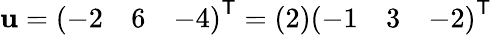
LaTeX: \mathbf{u}={\left(\begin{array}{lll}{-2}&{6}&{-4}\end{array}\right)}^{\textsf{T}}={\left(\begin{array}{l}{2}\end{array}\right)}{\left(\begin{array}{lll}{-1}&{3}&{-2}\end{array}\right)}^{\textsf{T}}